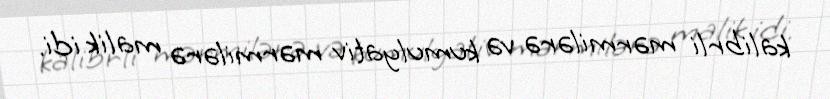
kalibrli mərmilərə və kumulyativ mərmilərə malik idi.